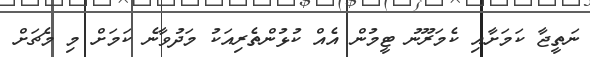
ނަތީޖާ ކަމަށާއި ކެމަރޫނު ޓީމުން އެއް ކުޅުންތެރިއަކު މަދުވާނެ ކަމަށް މި މެޗަށް